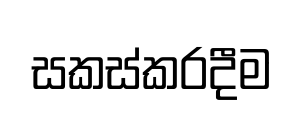
සකස්කරදීම